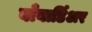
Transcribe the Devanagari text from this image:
बाँबार्डिअर